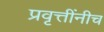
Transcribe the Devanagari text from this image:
प्रवृत्तींनीच